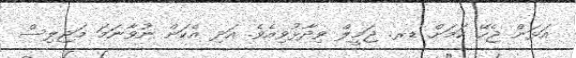
އަޅަން ޖެހޭ ކަމަށް ޑރ. ޖަމީލް ވިދާޅުވިއެވެ. އަދި އެކަން ނުވާނަމަ މަޖިލިސް